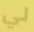
لي